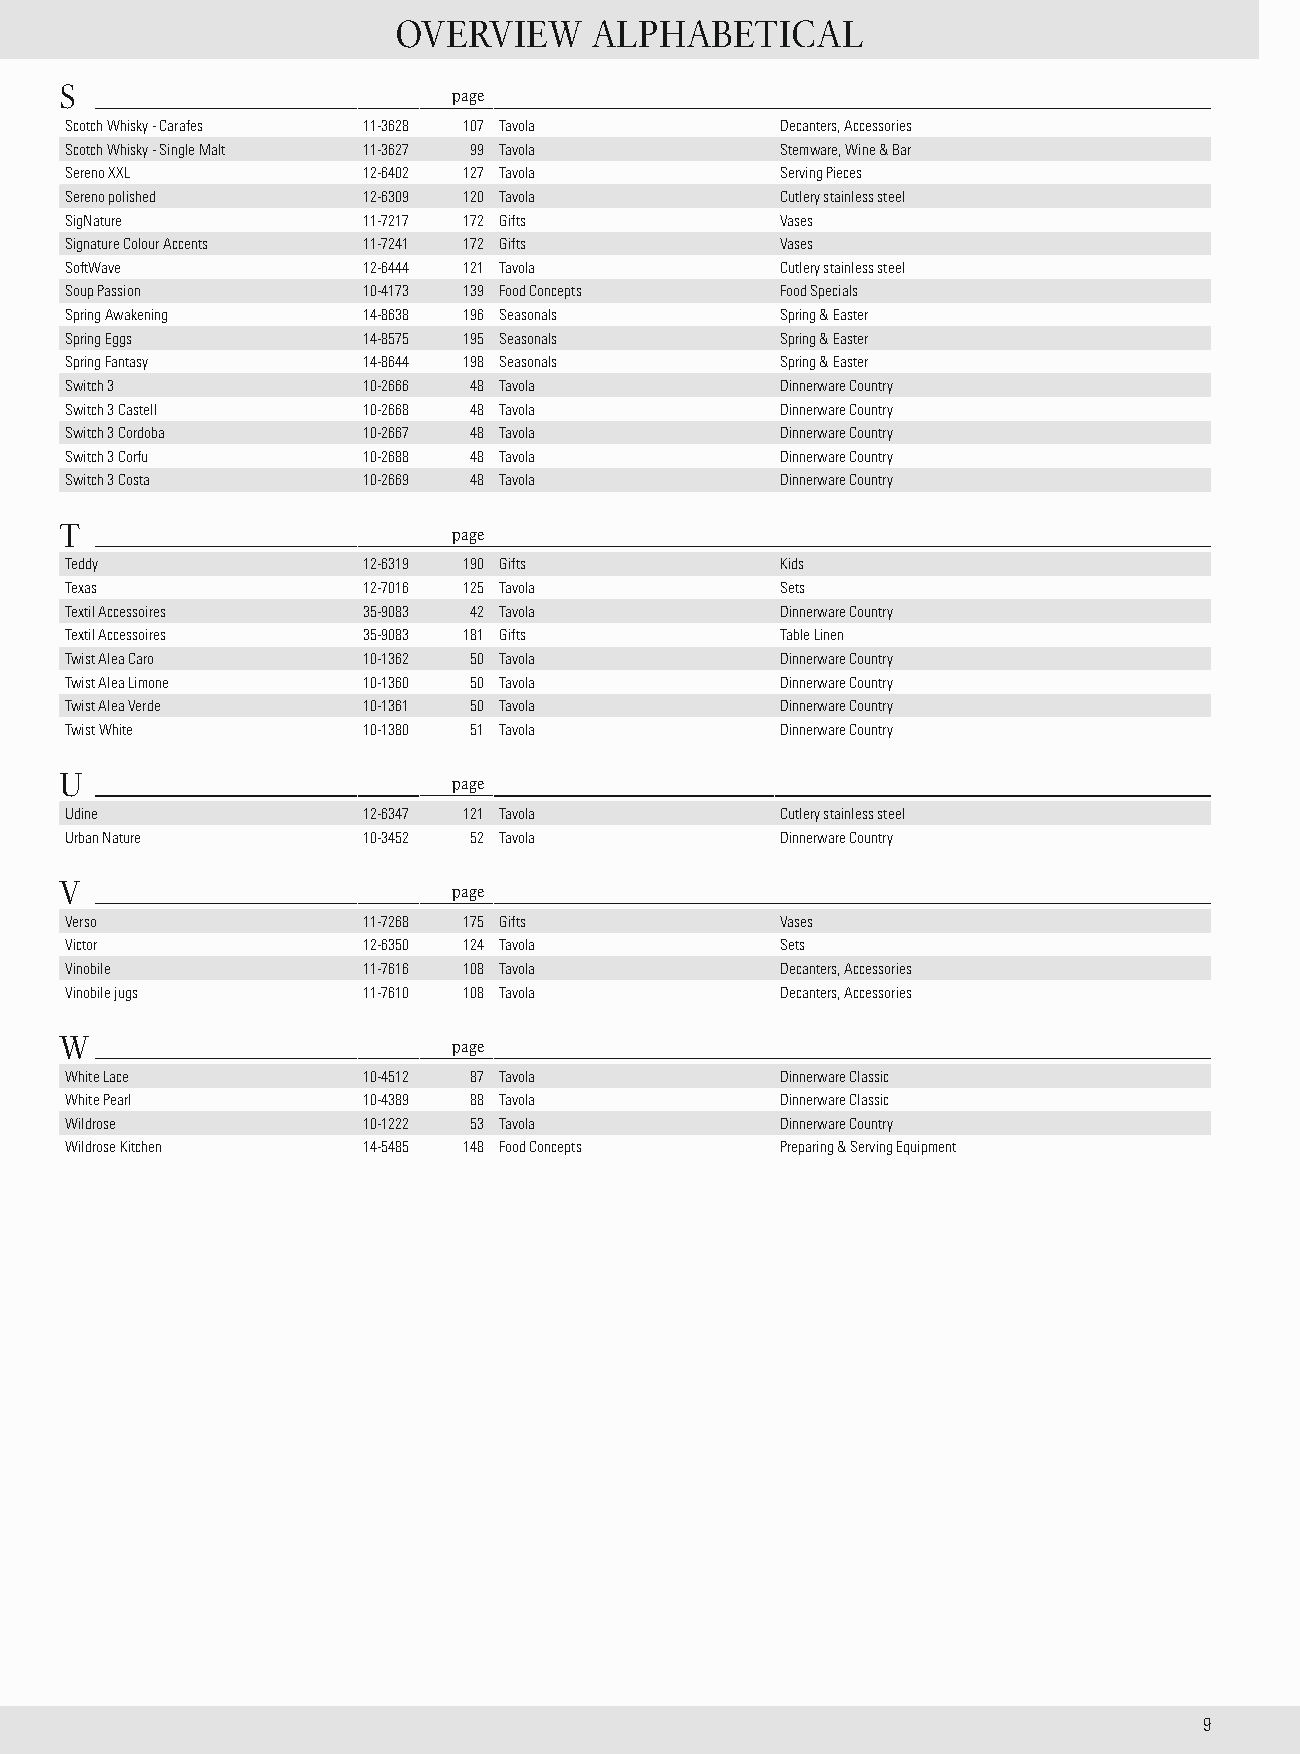
OVERVIEW     ALPHABETICAL
 S                         page
 Scotch Whisky - Carafes 11-3628 107 Tavola      Decanters, Accessories
 Scotch Whisky - Single Malt 11-3627 99 Tavola   Stemware, Wine & Bar
 Sereno XXL          12-6402 127 Tavola          Serving Pieces
 Sereno polished     12-6309 120 Tavola          Cutlery stainless steel
 SigNature           11-7217 172 Gifts           Vases
 Signature Colour Accents 11-7241 172 Gifts      Vases
 SoftWave            12-6444 121 Tavola          Cutlery stainless steel
 Soup Passion        10-4173 139 Food Concepts   Food Specials
 Spring Awakening    14-8638 196 Seasonals       Spring & Easter
 Spring Eggs         14-8575 195 Seasonals       Spring & Easter
 Spring Fantasy      14-8644 198 Seasonals       Spring & Easter
 Switch 3            10-2666 48 Tavola           Dinnerware Country
 Switch 3 Castell    10-2668 48 Tavola           Dinnerware Country
 Switch 3 Cordoba    10-2667 48 Tavola           Dinnerware Country
 Switch 3 Corfu      10-2688 48 Tavola           Dinnerware Country
 Switch 3 Costa      10-2669 48 Tavola           Dinnerware Country
 T                         page
 Teddy               12-6319 190 Gifts           Kids
 Texas               12-7016 125 Tavola          Sets
 Textil Accessoires  35-9083 42 Tavola           Dinnerware Country
 Textil Accessoires  35-9083 181 Gifts           Table Linen
 Twist Alea Caro     10-1362 50 Tavola           Dinnerware Country
 Twist Alea Limone   10-1360 50 Tavola           Dinnerware Country
 Twist Alea Verde    10-1361 50 Tavola           Dinnerware Country
 Twist White         10-1380 51 Tavola           Dinnerware Country
 U                         page
 Udine               12-6347 121 Tavola          Cutlery stainless steel
 Urban Nature        10-3452 52 Tavola           Dinnerware Country
 V                         page
 Verso               11-7268 175 Gifts           Vases
 Victor              12-6350 124 Tavola          Sets
 Vinobile            11-7616 108 Tavola          Decanters, Accessories
 Vinobile jugs       11-7610 108 Tavola          Decanters, Accessories
 W                         page
 White Lace          10-4512 87 Tavola           Dinnerware Classic
 White Pearl         10-4389 88 Tavola           Dinnerware Classic
 Wildrose            10-1222 53 Tavola           Dinnerware Country
 Wildrose Kitchen    14-5485 148 Food Concepts   Preparing & Serving Equipment
 9